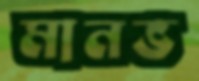
মানভ